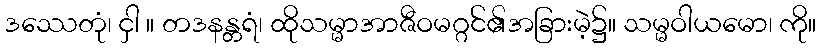
ဒဿေတုံ၊ ငှါ ။ တဒနန္တရံ၊ ထိုသမ္မာအာဇီဝမဂ္ဂင်၏အခြားမဲ့၌။ သမ္မဝါယမော၊ ကို။